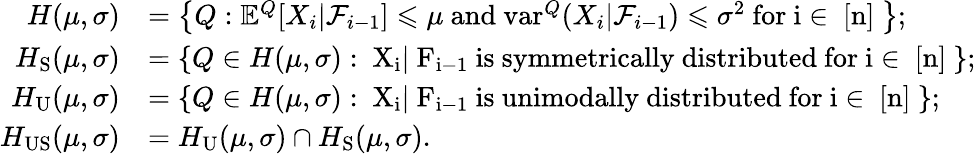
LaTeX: \begin{array}{rl}{H(\mu,\sigma)}&{=\left\{ Q:\mathbb{E}^{Q}[X_{i}|\mathcal F_{i-1}]\leqslant\mu\mathrm{~and~}\mathrm{var}^{Q}(X_{i}|\mathcal F_{i-1})\leqslant\sigma^{2}\mathrm{~for~i\in~[n]~}\right\} ;}\\ {H_{\mathrm{S}}(\mu,\sigma)}&{=\{ Q\in H(\mu,\sigma):\mathrm{~X_i|\mathcal~F_{i-1}~is~symmetrically~distributed~for~i\in~[n]~}\} ;}\\ {H_{\mathrm{U}}(\mu,\sigma)}&{=\{ Q\in H(\mu,\sigma):\mathrm{~X_i|\mathcal~F_{i-1}~is~unimodally~distributed~for~i\in~[n]~}\} ;}\\ {H_{\mathrm{US}}(\mu,\sigma)}&{=H_{\mathrm{U}}(\mu,\sigma)\cap H_{\mathrm{S}}(\mu,\sigma).}\end{array}